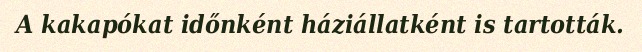
A kakapókat időnként háziállatként is tartották.